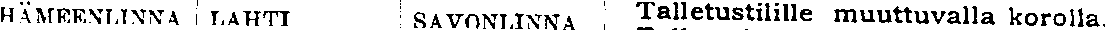
HÄMEENLINNA  LAHTI  SAVONLINNA  Talletustilille muuttuvalla korolla,